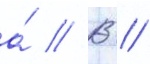
а́ // В //